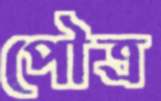
পৌত্র